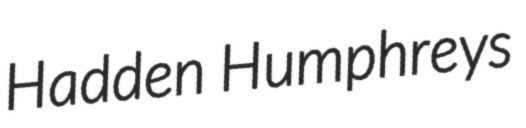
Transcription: Hadden Humphreys